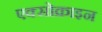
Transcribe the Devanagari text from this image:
एक्सोक्राइन